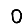
Digit: 0